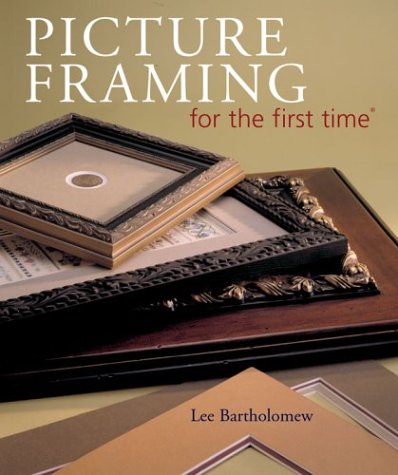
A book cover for Picture Framing for the first time; Lee Bartholomew; Crafts, Hobbies & Home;